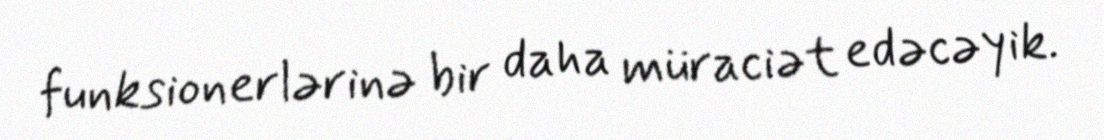
funksionerlərinə bir daha müraciət edəcəyik.